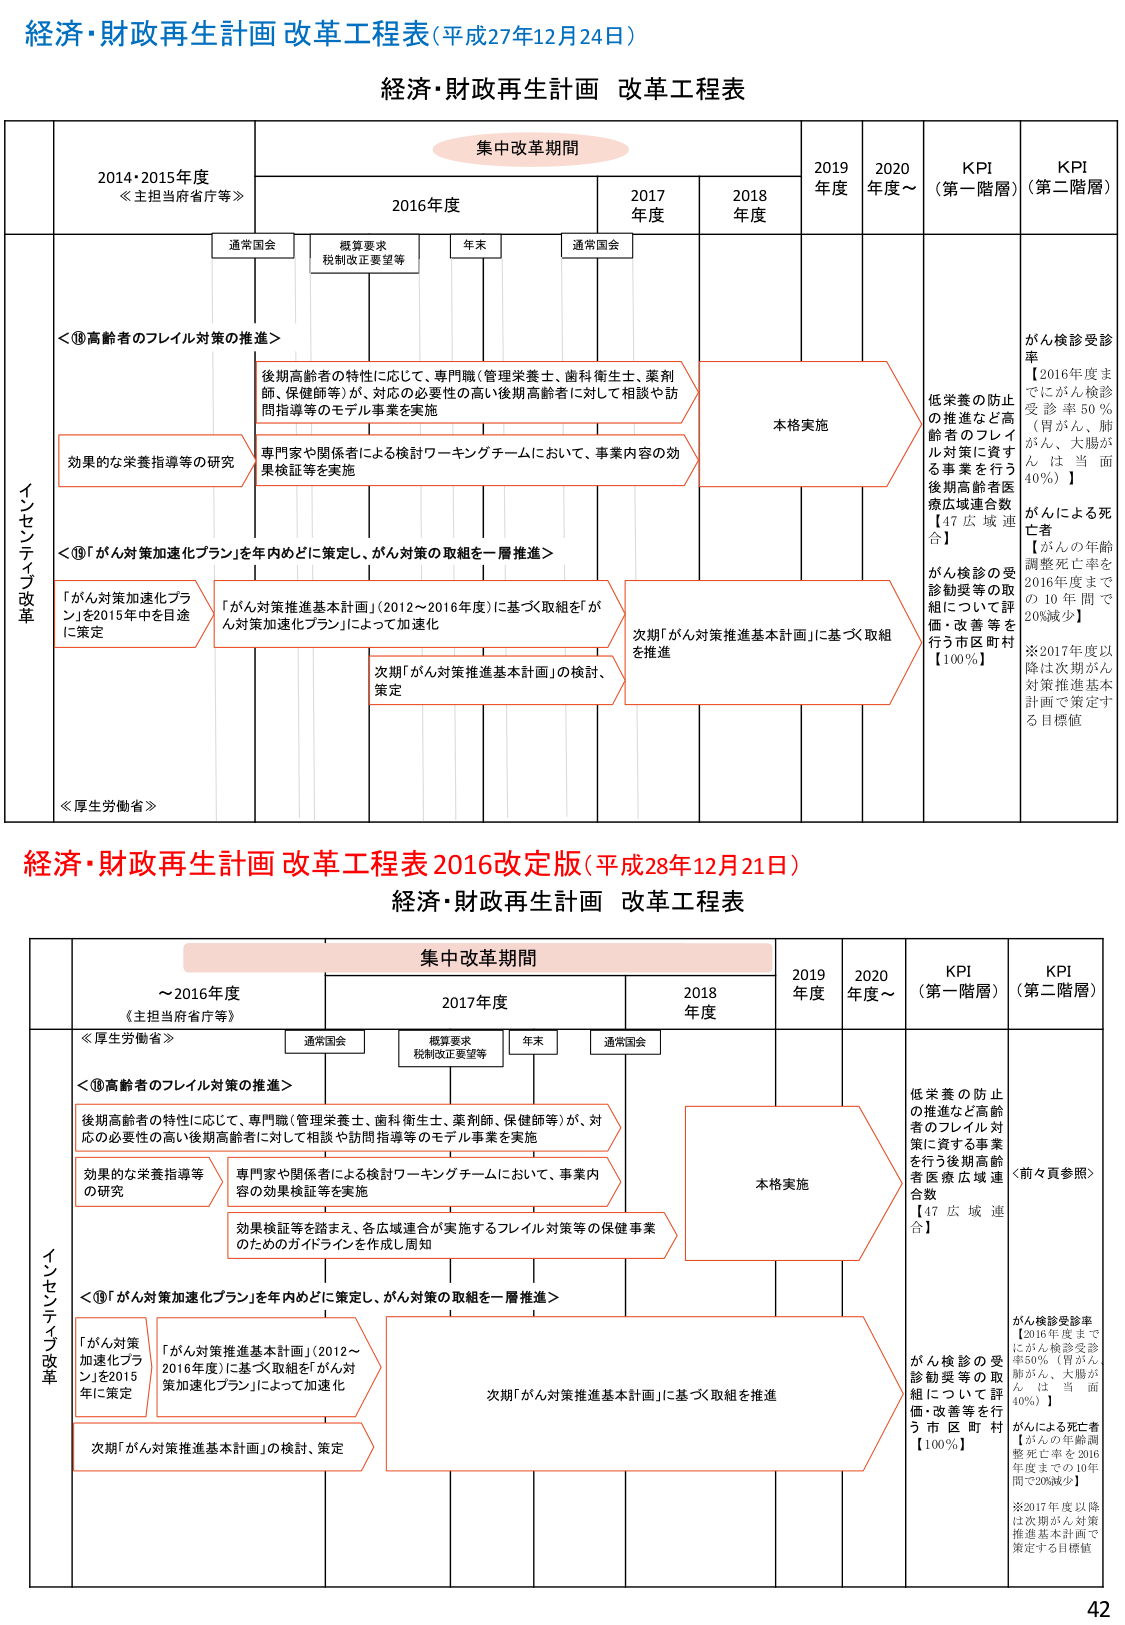
経済・財政再生計画 改革工程表（平成27年12月24日）

経済・財政再生計画 改革工程表

集中改革期間

2014・2015年度
《主担当府省庁等》

2016年度

2017年度

2018年度

2019年度

2020年度～

KPI（第一階層）

KPI（第二階層）

通常国会

概算要求
税制改正要望等

年末

通常国会

インセンティブ改革

＜⑩高齢者のフレイル対策の推進＞

後期高齢者の特性に応じて、専門職（管理栄養士、歯科衛生士、薬剤師、保健師等）が、対応の必要性の高い後期高齢者に対して相談や訪問指導等のモデル事業を実施

効果的な栄養指導等の研究

専門家や関係者による検討ワーキングチームにおいて、事業内容の効果検証等を実施

本格実施

低栄養の防止の推進など高齢者のフレイル対策に資する事業を行う後期高齢者医療広域連合数【47広域連合】

がん検診受診率【2016年度までにがん検診受診率50％（胃がん、肺がん、大腸がんは当面40％）】

がんによる死亡者【がんの年齢調整死亡率を2016年度までの10年間で20％減少】

※2017年度以降は次期がん対策推進基本計画で策定する目標値

＜⑪「がん対策加速化プラン」を年内めどに策定し、がん対策の取組を一層推進＞

「がん対策加速化プラン」を2015年中を目途に策定

「がん対策推進基本計画」（2012～2016年度）に基づく取組を「がん対策加速化プラン」によって加速化

次期「がん対策推進基本計画」の検討、策定

次期「がん対策推進基本計画」に基づく取組を推進

がん検診の受診勧奨等の取組について評価・改善等を行う市区町村【100％】

《厚生労働省》

経済・財政再生計画 改革工程表 2016改定版（平成28年12月21日）

経済・財政再生計画 改革工程表

集中改革期間

～2016年度
《主担当府省庁等》

2017年度

2018年度

2019年度

2020年度～

KPI（第一階層）

KPI（第二階層）

通常国会

概算要求
税制改正要望等

年末

通常国会

インセンティブ改革

《厚生労働省》

＜⑩高齢者のフレイル対策の推進＞

後期高齢者の特性に応じて、専門職（管理栄養士、歯科衛生士、薬剤師、保健師等）が、対応の必要性の高い後期高齢者に対して相談や訪問指導等のモデル事業を実施

効果的な栄養指導等の研究

専門家や関係者による検討ワーキングチームにおいて、事業内容の効果検証等を実施

効果検証等を踏まえ、各広域連合が実施するフレイル対策等の保健事業のためのガイドラインを作成し周知

本格実施

低栄養の防止の推進など高齢者のフレイル対策に資する事業を行う後期高齢者医療広域連合数【47広域連合】

〈前々頁参照〉

＜⑪「がん対策加速化プラン」を年内めどに策定し、がん対策の取組を一層推進＞

「がん対策加速化プラン」を2015年に策定

「がん対策推進基本計画」（2012～2016年度）に基づく取組を「がん対策加速化プラン」によって加速化

次期「がん対策推進基本計画」の検討、策定

次期「がん対策推進基本計画」に基づく取組を推進

がん検診の受診勧奨等の取組について評価・改善等を行う市区町村【100％】

がん検診受診率【2016年度までにがん検診受診率50％（胃がん、肺がん、大腸がんは当面40％）】

がんによる死亡者【がんの年齢調整死亡率を2016年度までの10年間で20％減少】

※2017年度以降は次期がん対策推進基本計画で策定する目標値

42